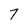
Character: 7